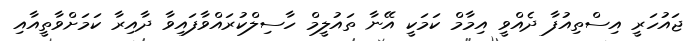
ޖައުހަރީ އިސްތިއުފާ ދެއްވީ އިމާމް ކަމަކީ އޭނާ ތައުލީމް ހާސިލްކުރައްވާފައިވާ ދާއިރާ ކަމަށްވާތީއާއި